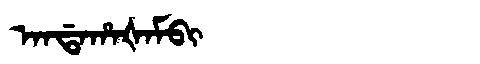
Manchu: ᠠᠨᡩᠠᡥᠠᡧᠠᠮᠪᡳ
Romanization: ANDAHAŠAMBI